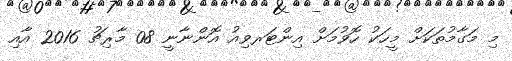
މި މަގާމުތަކަށް މީހަކު ހޮވުމަށް އިންޓަރވިއު އޮންނާނީ 08 މާރިޗު 2016 އާއި